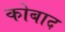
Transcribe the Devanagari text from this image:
कोबाद